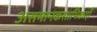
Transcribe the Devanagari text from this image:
असमानकशाभिकाएँ